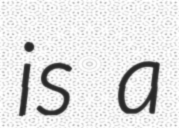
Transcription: is a